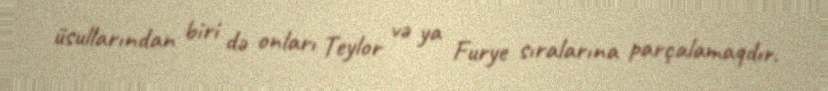
üsullarından biri də onları Teylor və ya Furye sıralarına parçalamaqdır.